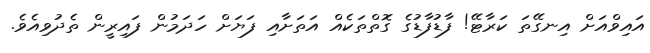
އައިވްއަށް އިނގޭތަ ކަރާޓޭ! ފާޑުފާޑުގެ ގޮތްތަކެއް އަތަށާއި ފަޔަށް ހަދަމުން ފައިރީން ތެދުވިއެވެ.